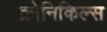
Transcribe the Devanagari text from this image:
क्रोनिकिल्स